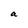
Character: a